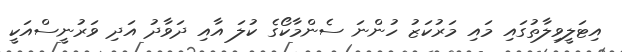
އިޓަލީވިލާތުގައި މައި މަރުކަޒު ހުންނަ ސެންމާކޯގެ ކުލަ އާއި ދަވާދު އަދި ވަރުނީސްއަކީ